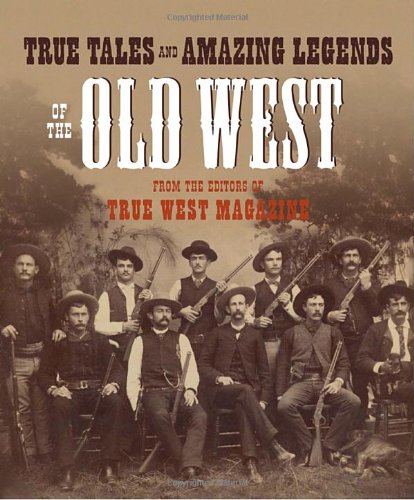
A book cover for True Tales and Amazing Legends of the Old West: From True West Magazine; Politics & Social Sciences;